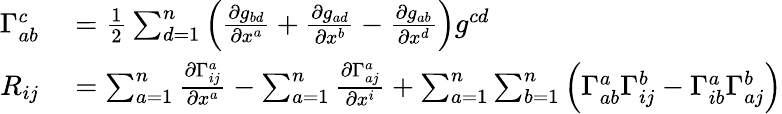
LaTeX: \begin{array}{rl}{\Gamma_{ab}^{c}}&{{}={\frac{1}{2}}\sum_{d=1}^{n}{\Big(}{\frac{\partial g_{bd}}{\partial x^{a}}}+{\frac{\partial g_{ad}}{\partial x^{b}}}-{\frac{\partial g_{ab}}{\partial x^{d}}}{\Big)}g^{cd}}\\ {R_{ij}}&{{}=\sum_{a=1}^{n}{\frac{\partial\Gamma_{ij}^{a}}{\partial x^{a}}}-\sum_{a=1}^{n}{\frac{\partial\Gamma_{aj}^{a}}{\partial x^{i}}}+\sum_{a=1}^{n}\sum_{b=1}^{n}{\Big(}\Gamma_{ab}^{a}\Gamma_{ij}^{b}-\Gamma_{ib}^{a}\Gamma_{aj}^{b}{\Big)}}\end{array}